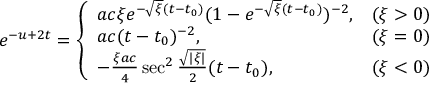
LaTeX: e ^ { - u + 2 t } = \left\{ \begin{array} { l c } { { a c \xi e ^ { - \sqrt { \xi } ( t - t _ { 0 } ) } ( 1 - e ^ { - \sqrt { \xi } ( t - t _ { 0 } ) } ) ^ { - 2 } , } } & { { ( \xi > 0 ) } } \\ { { a c ( t - t _ { 0 } ) ^ { - 2 } , } } & { { ( \xi = 0 ) } } \\ { { - \frac { \xi a c } 4 \sec ^ { 2 } \frac { \sqrt { | \xi | } } 2 ( t - t _ { 0 } ) , } } & { { ( \xi < 0 ) } } \end{array} \right.